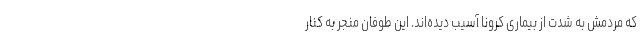
که مردمش به شدت از بیماری کرونا آسیب دیده‌اند. این طوفان منجر به کنار